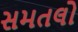
સમતલો